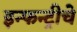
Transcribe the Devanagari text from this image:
इन्फन्ट्रीचे